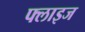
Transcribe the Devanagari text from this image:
फ्लाइज